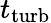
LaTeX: t_{\mathrm{turb}}